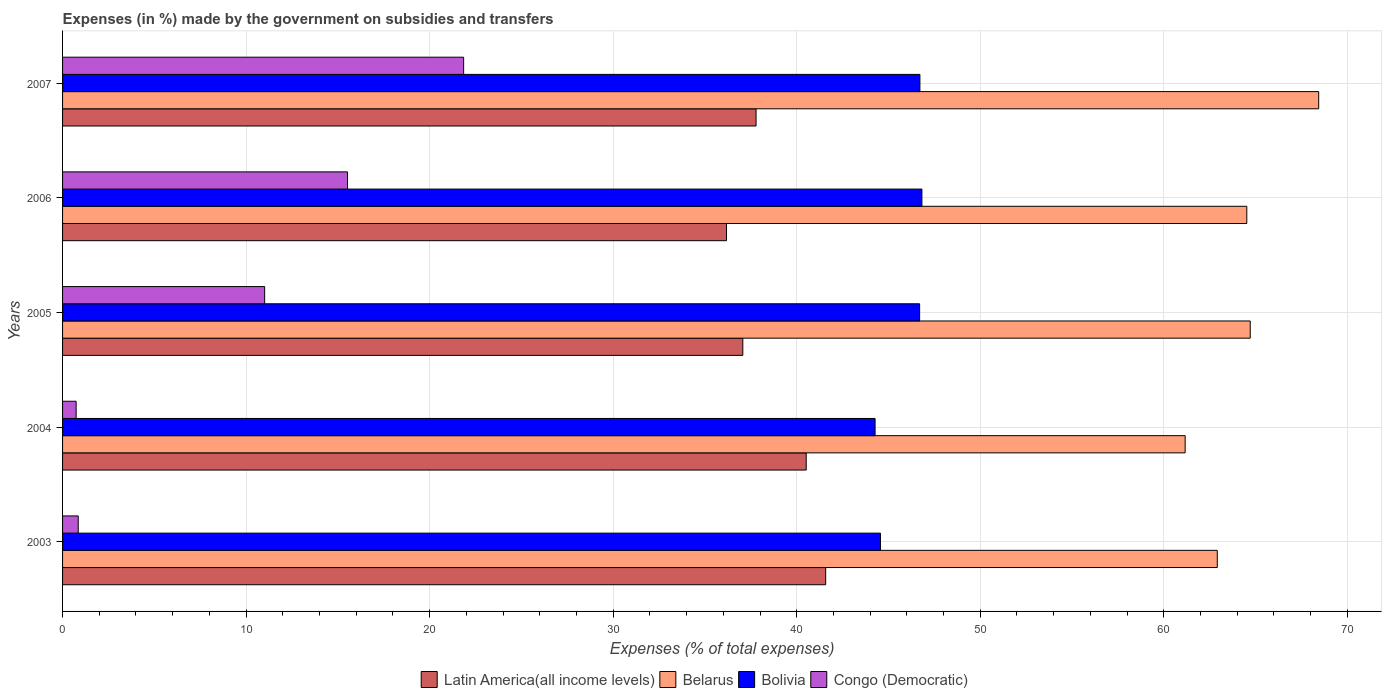
| Years | Latin America(all income levels) | Belarus | Bolivia | Congo (Democratic) |
 | --- | --- | --- | --- | --- |
 | 2003 | 41.6 | 62.9 | 44.6 | 0.853 |
 | 2004 | 40.5 | 61.2 | 44.3 | 0.74 |
 | 2005 | 37.1 | 64.7 | 46.7 | 11 |
 | 2006 | 36.2 | 64.5 | 46.8 | 15.5 |
 | 2007 | 37.8 | 68.4 | 46.7 | 21.9 |